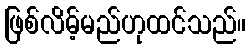
ဖြစ်လိမ့်မည်ဟုထင်သည်။